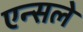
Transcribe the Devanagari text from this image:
एन्सले